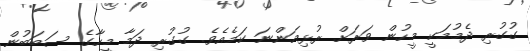
ގުގުރި ދެމުމަކީ މީހުން ވަރަށް ރުޅިއަންނަ ކަމެއެވެ. ގުގުރި ދަމާ މީހާގެ ސަބަބުން